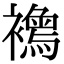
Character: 𧞦